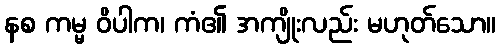
နစ ကမ္မ ဝိပါက၊ ကံ၏ အကျိုးလည်း မဟုတ်သော။